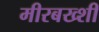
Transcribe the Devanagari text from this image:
मीरबख्शी